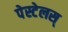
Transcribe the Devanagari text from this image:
पेस्टेलस्